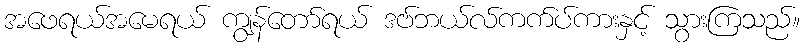
အဖေရယ်အမေရယ် ကျွန်တော်ရယ် ဒဗ်ဘယ်လ်ကက်ပ်ကားနှင့် သွားကြသည်။